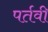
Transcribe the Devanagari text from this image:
पर्तवी